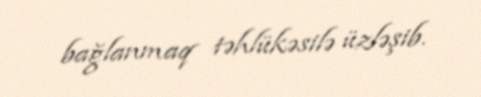
bağlanmaq təhlükəsilə üzləşib.